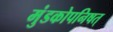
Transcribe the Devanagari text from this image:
मुंडकोपनिषत्